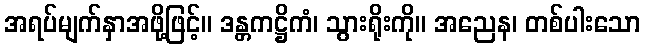
အရပ်မျက်နှာအဖို့ဖြင့်။ ဒန္တကဋ္ဌိကံ၊ သွားရိုးကို။ အညေန၊ တစ်ပါးသော